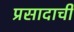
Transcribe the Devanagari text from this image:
प्रसादाची